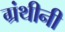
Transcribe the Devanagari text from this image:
ग्रंथीनी